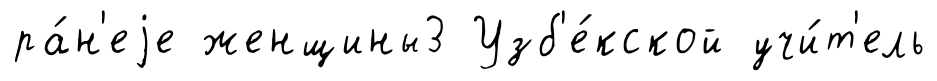
ра́н'еjе женщины3 Узб'е́кской учи́т'ель